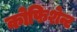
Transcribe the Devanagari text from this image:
कोफिशेन्ट